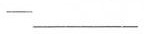
—___